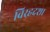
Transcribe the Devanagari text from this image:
विरहदशा